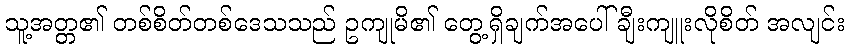
သူ့အတ္တ၏ တစ်စိတ်တစ်ဒေသသည် ဥကျုမိ၏ တွေ့ရှိချက်အပေါ် ချီးကျူးလိုစိတ် အလျင်း